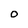
Character: O